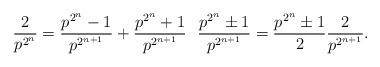
LaTeX: \begin{align*}\frac{2}{p^{2^n}} = \frac{p^{2^n} - 1}{p^{2^{n+1}}} + \frac{p^{2^n} + 1}{p^{2^{n+1}}} \ \ \frac{p^{2^n} \pm 1}{p^{2^{n+1}}} = \frac{p^{2^n} \pm 1}{2} \frac{2}{p^{2^{n+1}}}.\end{align*}